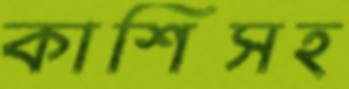
কাশিসহ